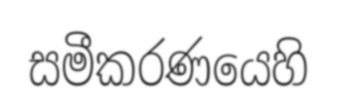
සමීකරණයෙහි